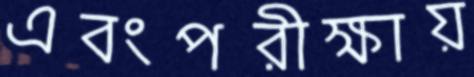
এবংপরীক্ষায়